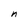
Character: n